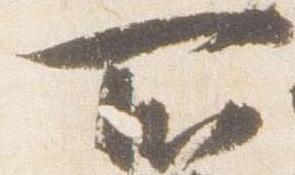
所